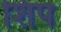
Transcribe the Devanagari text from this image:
शिप